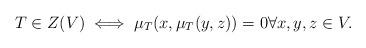
LaTeX: \begin{align*}T \in Z(V) \iff \mu_T(x,\mu_T(y,z)) = 0 \forall x,y,z \in V.\end{align*}